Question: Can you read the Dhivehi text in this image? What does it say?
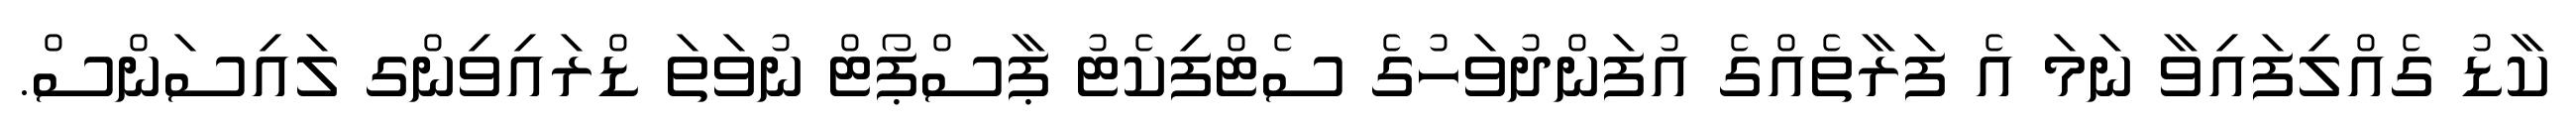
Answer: ކާޑު ގެއްލިފައިވާ ނަމަ އެ ފަރާތެއްގެ އުފަންދުވަހުގެ ސެޓްފިކެޓު ޕާސްޕޯޓް ނުވަތަ ޑްރައިވިންގ ލައިސަންސް.